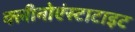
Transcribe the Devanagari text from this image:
क्लीनोएंस्टाटाइट